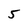
Character: 5